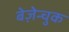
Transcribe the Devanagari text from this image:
बेज़ेन्चुक